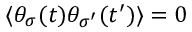
\langle \theta _ { \sigma } ( t ) \theta _ { \sigma ^ { \prime } } ( t ^ { \prime } ) \rangle = 0